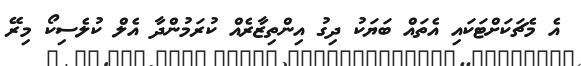
އެ މެޗަކަށްޓަކައި އެތައް ބަޔަކު ދިގު އިންތިޒާރެއް ކުރަމުންދާ އެލް ކުލެސިކޯ މިރޭ